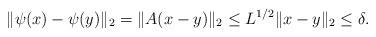
LaTeX: \begin{align*}\|\psi(x)-\psi(y)\|_2=\|A(x-y)\|_2 \leq L^{1/2} \|x-y\|_2 \leq \delta.\end{align*}